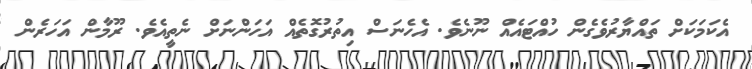
އެކަމަކަށް ތައްޔާރުވެގެން ހުއްޓައެއް ނޫނެވެ. އެހެނަސް އިތުރުގޮތެއް އަހަންނަށް ނެތީއެވެ. ރޫމާން އަހަރެން